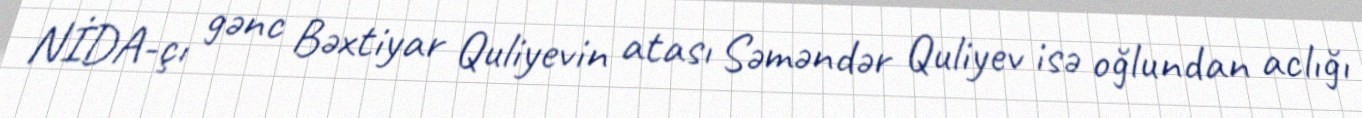
NİDA-çı gənc Bəxtiyar Quliyevin atası Səməndər Quliyev isə oğlundan aclığı